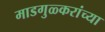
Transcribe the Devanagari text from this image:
माडगुळ्करांच्या